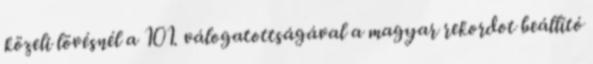
közeli lövésnél a 101. válogatottságával a magyar rekordot beállító